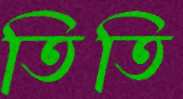
তিতি